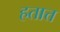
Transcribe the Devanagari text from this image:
हतात्त